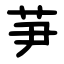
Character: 芛